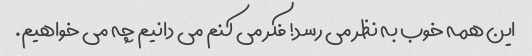
این همه خوب به نظر می رسد! فکر می کنم می دانیم چه می خواهیم.